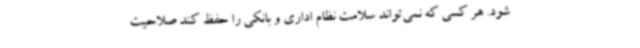
شود. هر کسی که نمی‌تواند سلامت نظام اداری و بانکی را حفظ کند صلاحیت